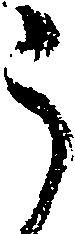
う